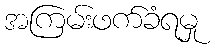
အကြမ်းဖက်ခံရမှု